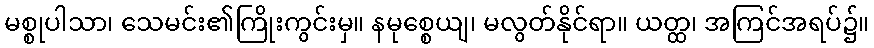
မစ္စုပါသာ၊ သေမင်း၏ကြိုးကွင်းမှ။ နမုစ္စေယျ၊ မလွတ်နိုင်ရာ။ ယတ္ထ၊ အကြင်အရပ်၌။